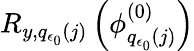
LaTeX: R_{y,q_{\epsilon_{0}}(j)}\left(\phi_{q_{\epsilon_{0}}(j)}^{(0)}\right)